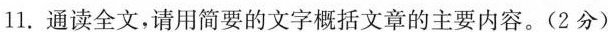
11.通读全文，请用简要的文字概括文章的主要内容。(2分)